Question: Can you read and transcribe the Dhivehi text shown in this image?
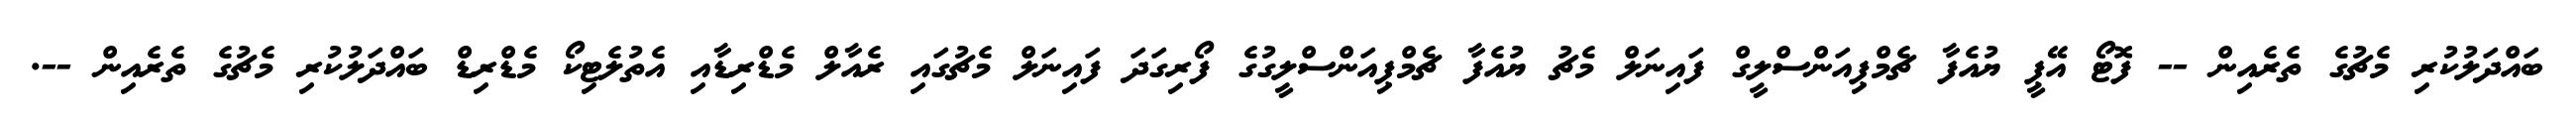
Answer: ބައްދަލުކުރި މެޗުގެ ތެރެއިން -- ފޮޓޯ އޭޕީ ޔުއެފާ ޗެމްޕިއަންސްލީގް ފައިނަލް މެޗު ޔުއެފާ ޗެމްޕިއަންސްލީގުގެ ފޯރިގަދަ ފައިނަލް މެޗުގައި ރެއާލް މެޑްރިޑާއި އެތުލެޓިކޯ މެޑްރިޑް ބައްދަލުކުރި މެޗުގެ ތެރެއިން --.